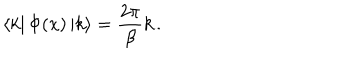
LaTeX: \left\langle k \right| \Phi ( x ) \left| k \right\rangle = \frac { 2 \pi } { \beta } k \, .